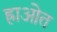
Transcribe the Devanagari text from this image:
ह्राओत